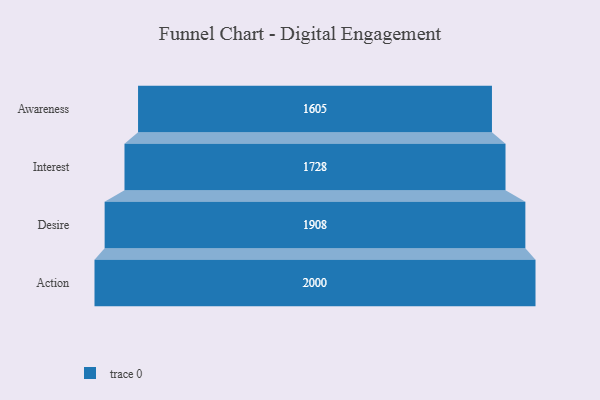
{"axis": {"x": "Stage", "y": "Value"}, "legend": [""], "data": [{"x": "Awareness", "y": 1605.0, "type": ""}, {"x": "Interest", "y": 1728.0, "type": ""}, {"x": "Desire", "y": 1908.0, "type": ""}, {"x": "Action", "y": 2000, "type": ""}]}